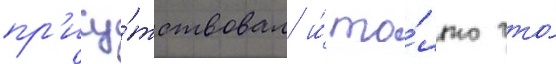
пр'ису́тствовал и́ то́лько что́